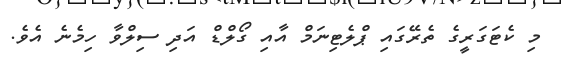
މި ކެޓަގަރީގެ ތެރޭގައި ޕްލެޓިނަމް އާއި ގޯލްޑް އަދި ސިލްވާ ހިމެނެ އެވެ.